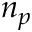
n _ { p }